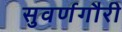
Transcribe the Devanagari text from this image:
सुवर्णगौरी